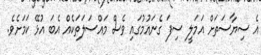
އެ ސިޔާސަތަށް އަމަލީ ސިފަ ގެނައުމުގައި ވެސް މައްސަލަތަކެއް އެބަ އުޅޭ ކަމަށެވެ.